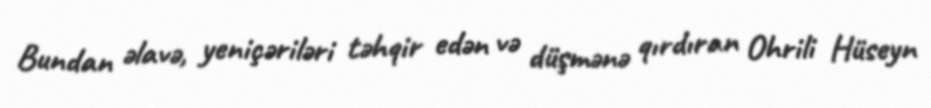
Bundan əlavə, yeniçəriləri təhqir edən və düşmənə qırdıran Ohrili Hüseyn